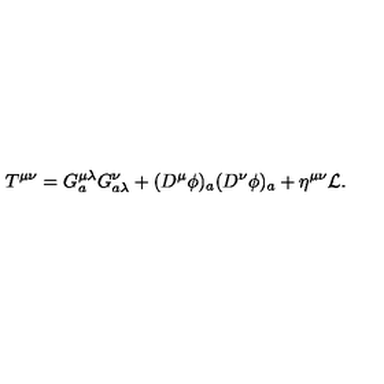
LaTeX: T ^ { \mu \nu } = G _ { a } ^ { \mu \lambda } G _ { a \lambda } ^ { \nu } + ( D ^ { \mu } \phi ) _ { a } ( D ^ { \nu } \phi ) _ { a } + \eta ^ { \mu \nu } { \cal L } .